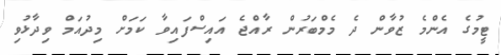
ޓީމުގެ އެންމެ ޒުވާން ދެ މެމްބަރުން ރާއްޖެ އައިސްފައިވާ ކަމަށް މިދުއަމް ވިދާޅުވި